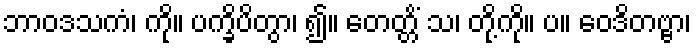
ဘာဝဒသကံ၊ ကို။ ပက္ခိပိတွာ၊ ၍။ တေတ္တိံ သ၊ တို့ကို။ ပ။ ဝေဒိတဗ္ဗာ၊